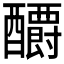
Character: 𰼕